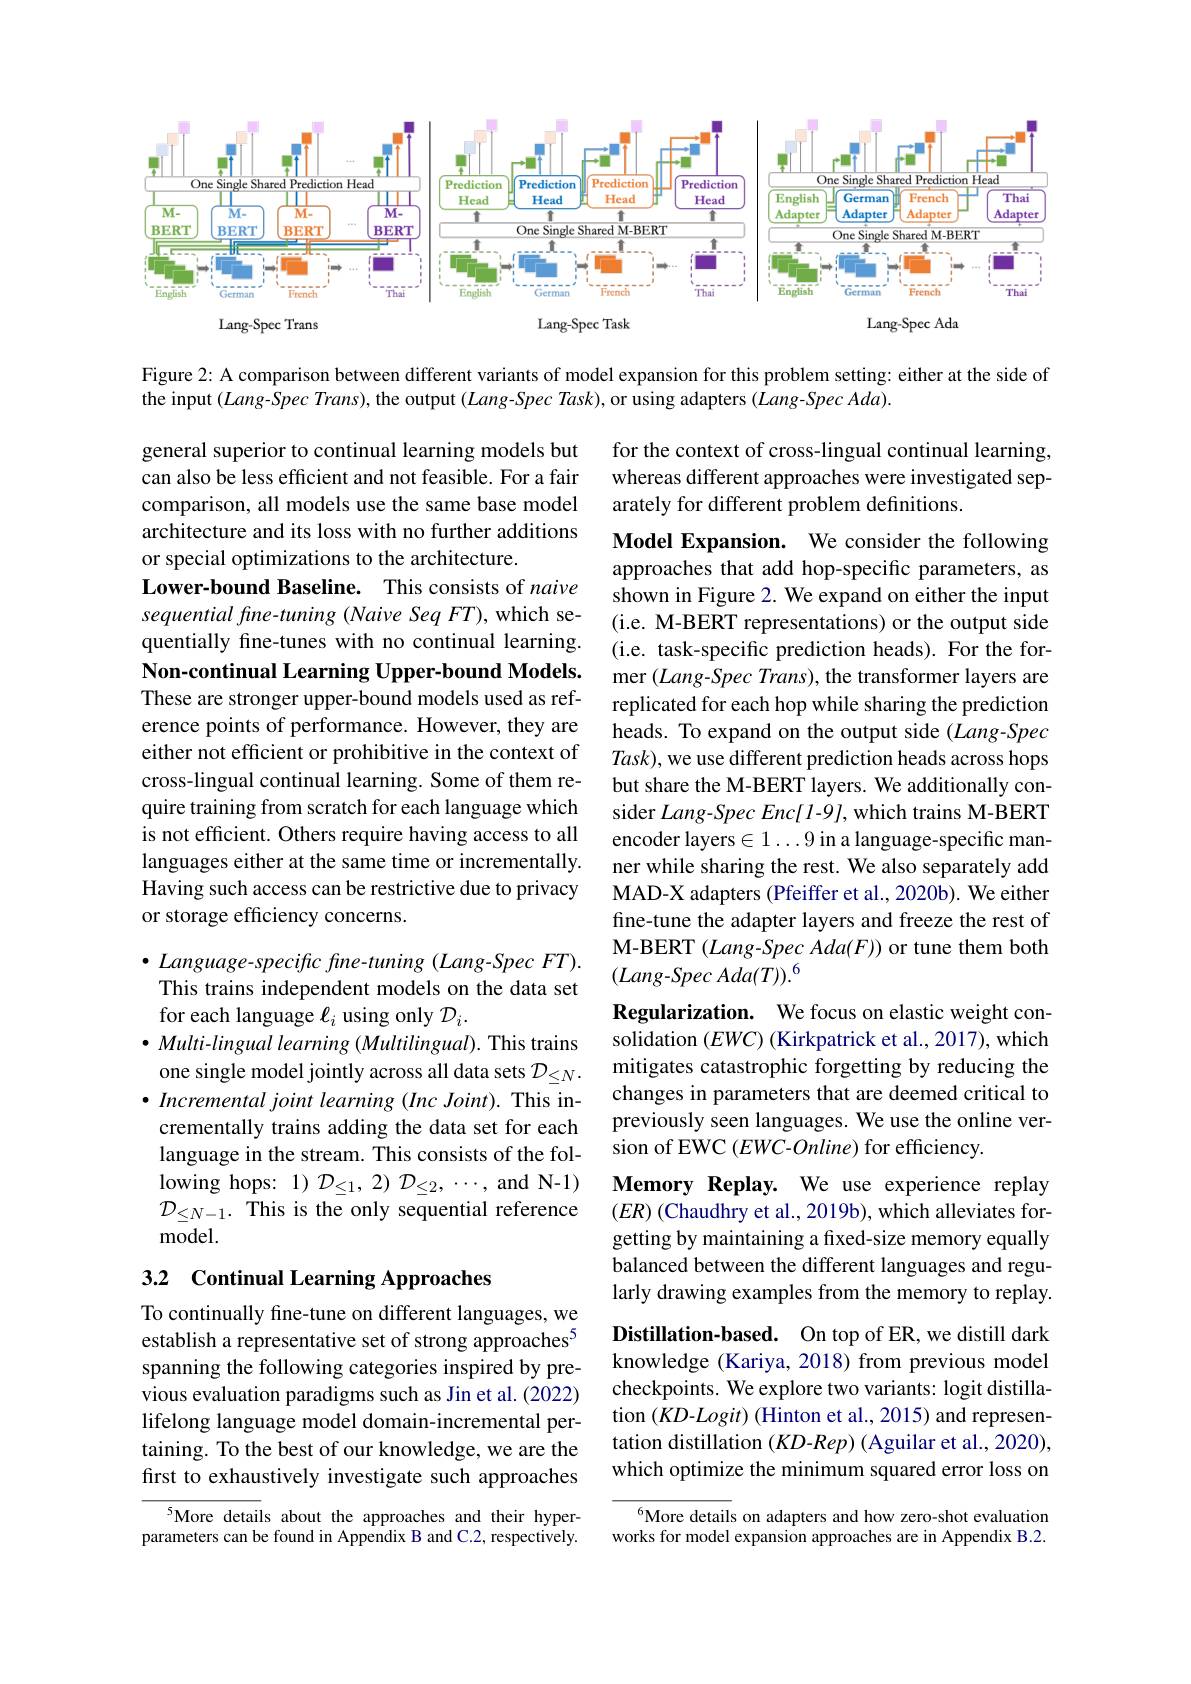
<FigureHere>

Figure 2: A comparison between different variants of model expansion for this problem setting: either at the side of
the input (Lang-Spec Trans), the output (Lang-Spec Task), or using adapters (Lang-Spec Ada).

for the context of cross-lingual continual learning, whereas different approaches were investigated separately for different problem definitions.

general superior to continual learning models but can also be less efficient and not feasible. For a fair comparison, all models use the same base model architecture and its loss with no further additions or special optimizations to the architecture.
Lower-bound Baseline. This consists of naive sequential fine- tuning (Naive Seq FT), which sequentially fine-tunes with no continual learning. Non-continual Learning Upper-bound Models. These are stronger upper-bound models used as reference points of performance. However, they are either not efficient or prohibitive in the context of cross-lingual continual learning. Some of them require training from scratch for each language which is not efficient. Others require having access to all languages either at the same time or incrementally Having such access can be restrictive due to privacy or storage efficiency concerns.

Model Expansion. We consider the following approaches that add hop-specific parameters, as shown in Figure 2. We expand on either the input (i.e. M-BERT representations) or the output side (i.e. task-specific prediction heads). For the former $( Lang- Spec\textit{Trans}) $,the transformer layers are replicated for each hop while sharing the prediction heads. To expand on the output side (Lang-Spec $Task)$, we use different prediction heads across hops but share the M-BERT layers. We additionally consider Lang-Spec Enc[ l-9], which trains M-BERT encoder layers$\in1\ldots9$ in a language-specific manner while sharing the rest. We also separately add MAD-X adapters (Pfeiffer et al., 2020b). We either fine-tune the adapter layers and freeze the rest of M-BERT (Lang-Spec Ada(F)) or tune them both $(Lang-SpecAda(T)).^6$

Regularization. We focus on elastic weight con-

solidation $(EWC)$ (Kirkpatrick et al., 2017), which

mitigates catastrophic forgetting by reducing the

changes in parameters that are deemed critical to

$\bullet$ Language-specific fine-tuning (Lang-Spec FT). This trains independent models on the data set for each language $\ell_i$ using only $\mathcal{D}_i.$
$\bullet Multi- lingual\textit{learning }( Multilingual) .$ This trains one single model jointly across all data sets $\mathcal{D}_\leq N.$ $\bullet$ Incremental joint learning (Inc Joint). This incrementally trains adding the data set for each language in the stream. This consists of the fol- $\operatorname { lowing hops: }$ $1) \mathcal{D} _{\leq 1}, 2) \mathcal{D} _{\leq 2}, \cdots , $and N-1) $\mathcal{D}_{\leq N-1}.$ This is the only sequential reference model.

previously seen languages. We use the online ver-

sion of EWC (EWC-Online) for efficiency.

Memory Replay. We use experience replay

$(ER)$ (Chaudhry et al., 2019b), which alleviates for-

getting by maintaining a fxed-size memory equally

balanced between the different languages and regu-

## 3.2 Continual Learning Approaches

larly drawing examples from the memory to replay.

Distillation-based. On top of ER, we distill dark

knowledge (Kariya, 2018) from previous model

checkpoints. We explore two variants: logit distilla-

To continually fine-tune on different languages, we establish a representative set of strong approaches$^{5}$ spanning the following categories inspired by previous evaluation paradigms such as Jin et al. (2022) lifelong language model domain-incremental pertaining. To the best of our knowledge, we are the first to exhaustively investigate such approaches

tion $(KD$-$Logit)$ (Hinton et al., 2015) and represen-

tation distillation (KD-Rep) (Aguilar et al., 2020),

which optimize the minimum squared error loss on

$^{6}$More details on adapters and how zero-shot evaluation works for model expansion approaches are in Appendix B.2.

$^{5}$More details about the approaches and their hyperparameters can be found in Appendix B and C.2, respectively.